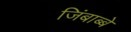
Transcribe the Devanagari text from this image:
जिंबाब्बे